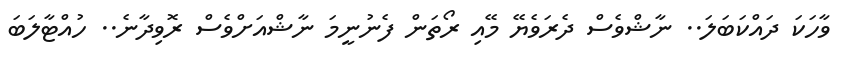
ވާހަކަ ދައްކަބަލަ.. ނާޝްވެސް ދެރަވެޔޭ މޭއި ރޯތަން ފެނުނީމަ ނާޝްއަށްވެސް ރޮވިދާނެ.. ހުއްޓާލަބަ